Indian journal of veterinary science and animal husbandry - Volumes 24-25, 1954-1955
Year: 1954
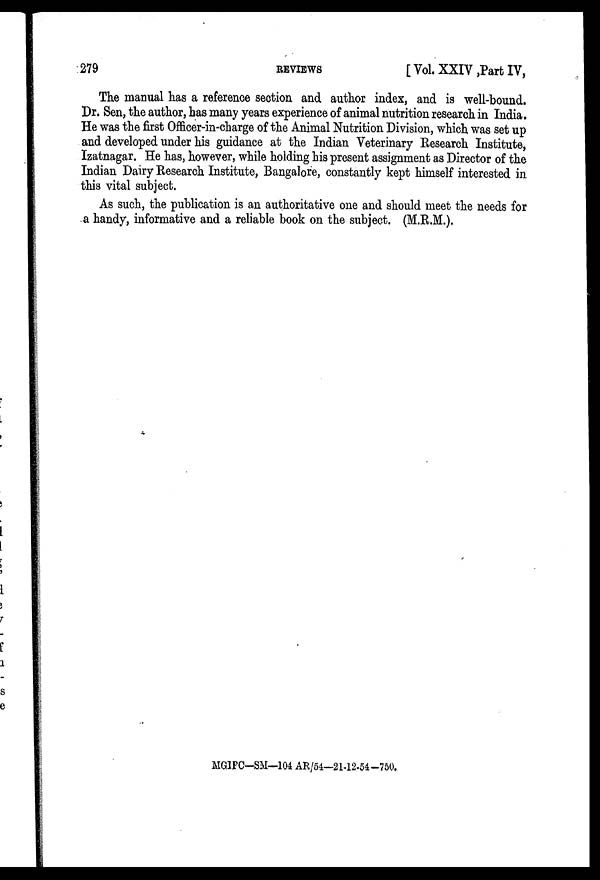
279
REVIEWS
[Vol. XXIV ,Part IV,
The manual has a reference section and author index, and is well-bound.
Dr. Sen, the author, has many years experience of animal nutrition research in India.
He was the first Officer-in-charge of the Animal Nutrition Division, which was set up
and developed under his guidance at the Indian Veterinary Research Institute,
Izatnagar. He has, however, while holding his present assignment as Director of the
Indian Dairy Research Institute, Bangalore, constantly kept himself interested in
this vital subject.
As such, the publication is an authoritative one and should meet the needs for
a handy, informative and a reliable book on the subject. (M.R.M.).
MGIPC—SM—104 AR/54—21-12-54 -750.